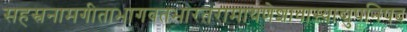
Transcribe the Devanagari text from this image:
सहस्रनामगीताभागवतभारतरामायणेशावास्याद्युपनिषद